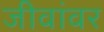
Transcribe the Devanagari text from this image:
जीवांवर